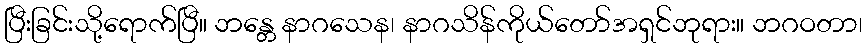
ပြီးခြင်းသို့ရောက်ပြီ။ ဘန္တေ နာဂသေန၊ နာဂသိန်ကိုယ်တော်အရှင်ဘုရား။ ဘဂဝတာ၊